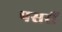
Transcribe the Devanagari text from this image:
पसरीं